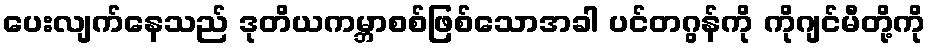
ပေးလျက်နေသည် ဒုတိယကမ္ဘာစစ်ဖြစ်သောအခါ ပင်တဂွန်ကို ကိုဂျင်မီတို့ကို